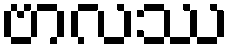
ဗာလဿ